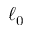
\ell _ { 0 }